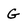
Character: g